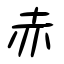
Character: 赤